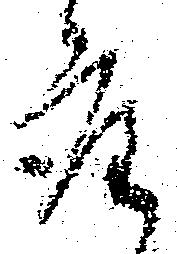
座